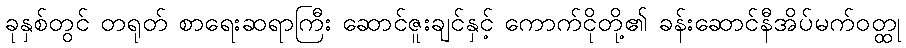
ခုနှစ်တွင် တရုတ် စာရေးဆရာကြီး ဆောင်ဇူးချင်နှင့် ကောက်ငိုတို့၏ ခန်းဆောင်နီအိပ်မက်ဝတ္ထု